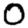
Digit: 0